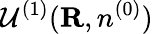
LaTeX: {\cal U}^{(1)}({\mathbf R},n^{(0)})